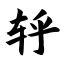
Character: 轷